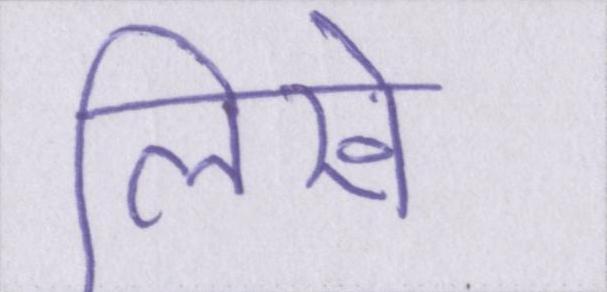
लिखे